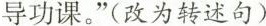
导功课。”(改为转述句)